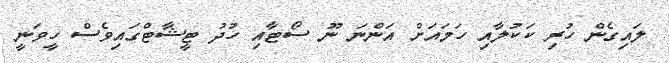
ލައިގެން ހުރި ކަކުލާއި ހަމައަށް އަންނަ ނޫ ސޯޓާއި ހުދު ޓީޝާޓްގައިވެސް ހީވަނީ